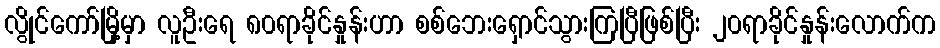
လွိုင်ကော်မြို့မှာ လူဦးရေ ၈၀ရာခိုင်နှုန်းဟာ စစ်ဘေးရှောင်သွားကြပြီဖြစ်ပြီး ၂၀ရာခိုင်နှုန်းလောက်က